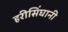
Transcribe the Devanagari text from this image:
हरीसिंघानी